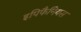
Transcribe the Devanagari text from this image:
इपिफैनियस